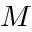
M